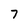
Character: 7